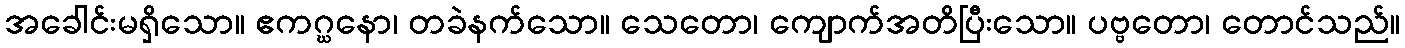
အခေါင်းမရှိသော။ ဧကဂ္ဃနော၊ တခဲနက်သော။ သေတော၊ ကျောက်အတိပြီးသော။ ပဗ္ဗတော၊ တောင်သည်။